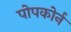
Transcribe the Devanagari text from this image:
पोपकोर्न